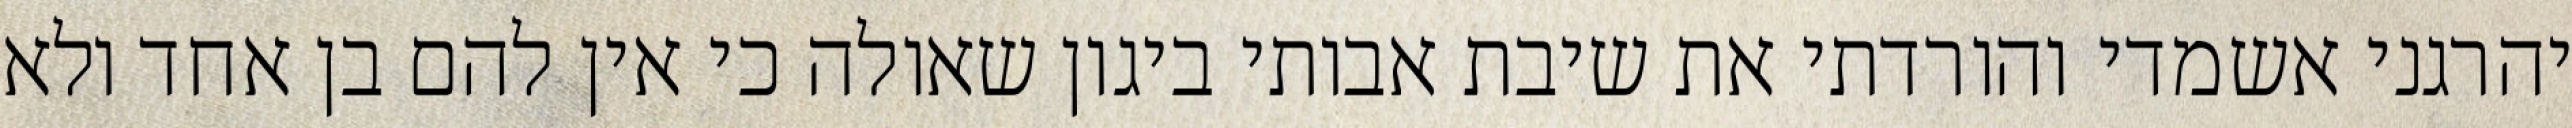
יהרגני אשמדי והורדתי את שיבת אבותי ביגון שאולה כי אין להם בן אחד ולא